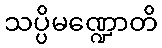
သပ္ပိမဏ္ဍောတိ